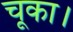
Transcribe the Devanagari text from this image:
चूका।